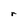
Character: r